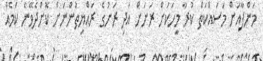
މަންފާއަށް މަސައްކަތް ކުރާ މީހަކަށް ރަށަށް އަދި ރަށުގެ ރައްޔިތުންނަށް ކޮށްދެވޭނެ ކަމެއް